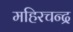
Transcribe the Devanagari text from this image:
महिरचन्द्र